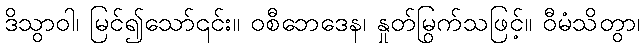
ဒိသွာဝါ၊ မြင်၍သော်၎င်း။ ဝစီဘေဒေန၊ နှုတ်မြွက်သဖြင့်။ ဝီမံသိတွာ၊